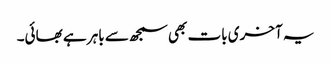
یہ آخری بات بھی سمجھ سے باہر ہے بھائی۔